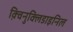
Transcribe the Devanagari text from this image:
क़्विनुक्लिडाइनिल